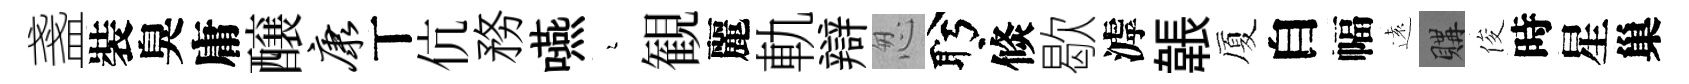
盞裝臭庸醸康丅伉務嚥瑟観麗軌辯怱盻倐歇滹韔厦自幅遠購俊時星巢